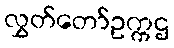
လွှတ်တော်ဥက္ကဌ